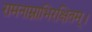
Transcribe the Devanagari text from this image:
रामनाम्नाभिरक्षितम्‌।